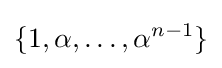
\{1,\alpha ,\ldots ,{\alpha }^{n-1}\}